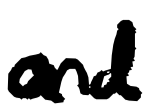
Text: and
Cross-out: clean
Writing tool: digital_black